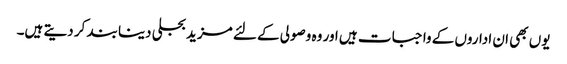
یوں بھی ان اداروں کے واجبات ہیں اور وہ وصولی کے لئے مزید بجلی دینا بند کر دیتے ہیں۔